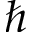
\hbar